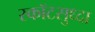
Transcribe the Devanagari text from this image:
स्कॉटसुध्दा